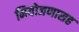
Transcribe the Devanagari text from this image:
नियोजणासह